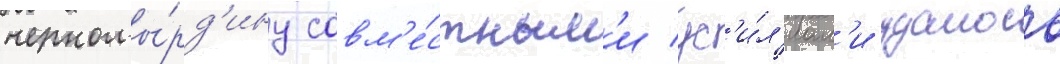
черномы́рд'ину совм'е́стным'и ус'и́л'иам'и удалось